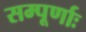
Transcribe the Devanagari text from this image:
सम्पूर्णाः